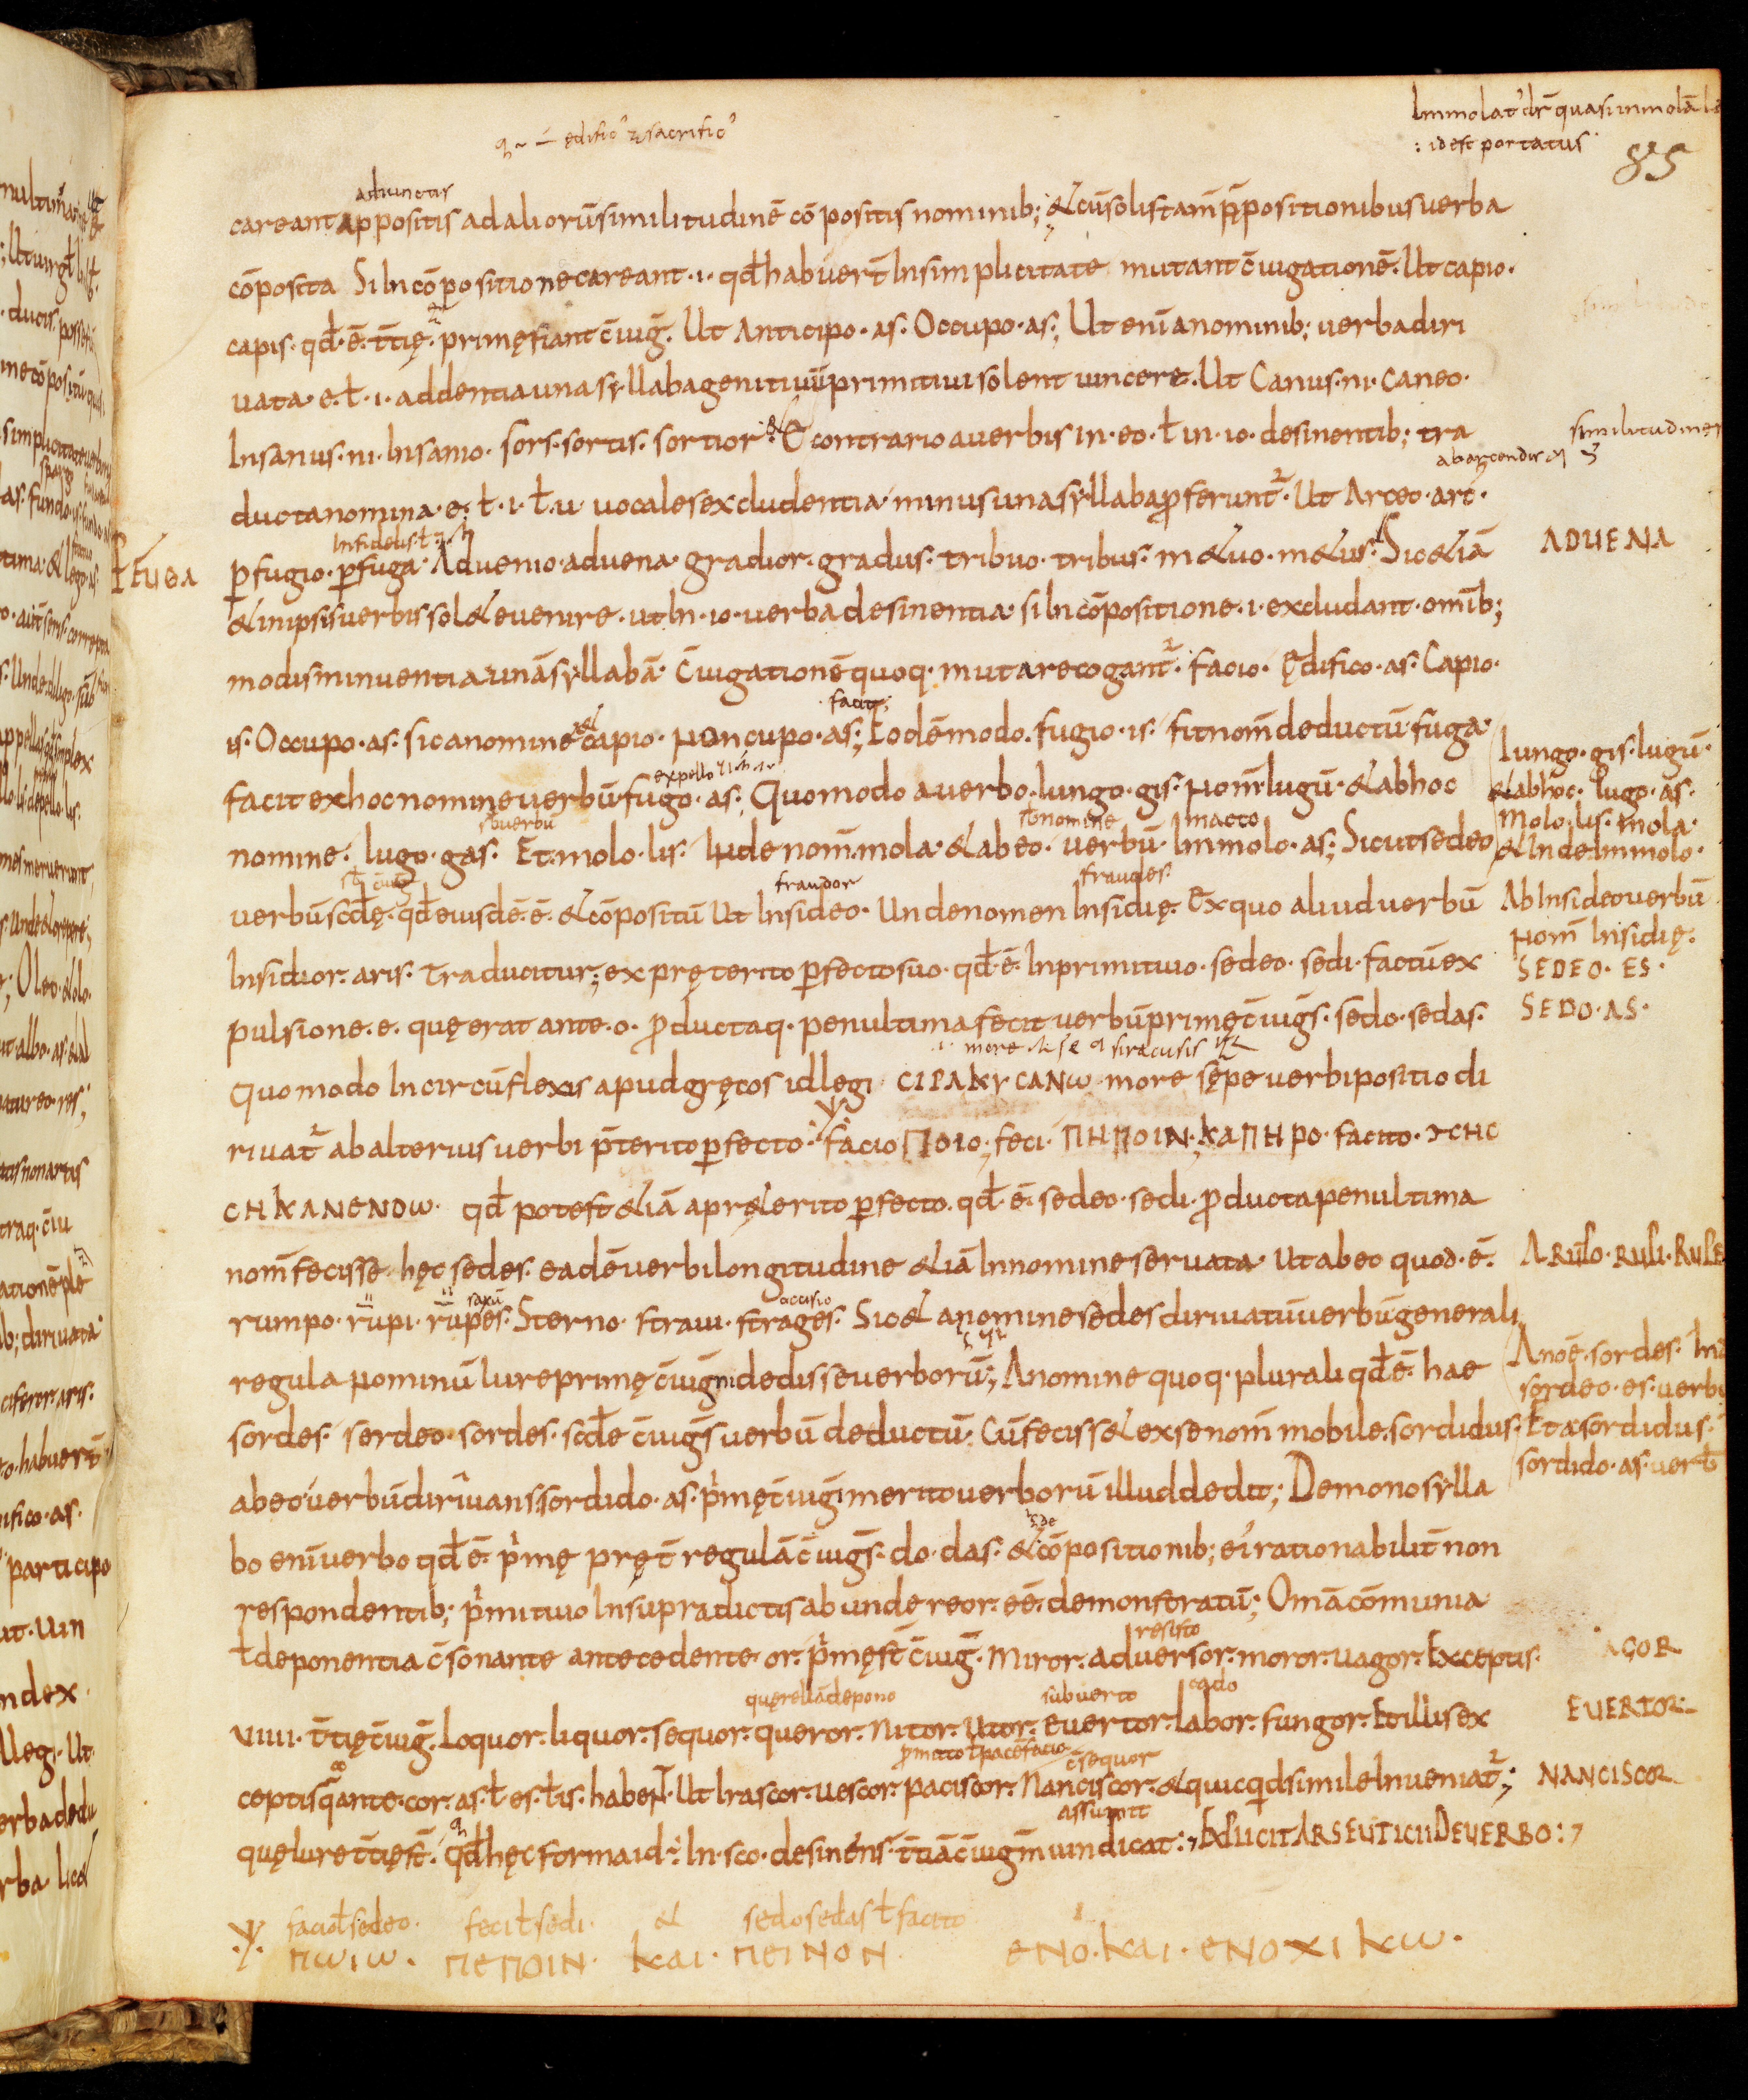
Shelfmark: Bamberg, Staatsbibliothek, MS Class. 30
Century: 9